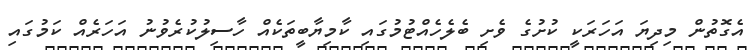
އެގޮތުން މިދިޔަ އަހަރަކީ ކުށުގެ ވެށި ބެލެހެއްޓުމުގައި ކާމިޔާބީތަކެއް ހާސިލުކުރެވުނު އަހަރެއް ކަމުގައި